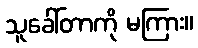
သူခေါ်တာကို မကြား။